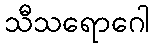
သီသရောဂေါ